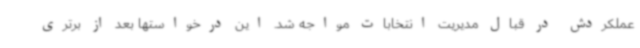
عملکردش در قبال مدیریت انتخابات مواجه شد. این درخواستها بعد از برتری